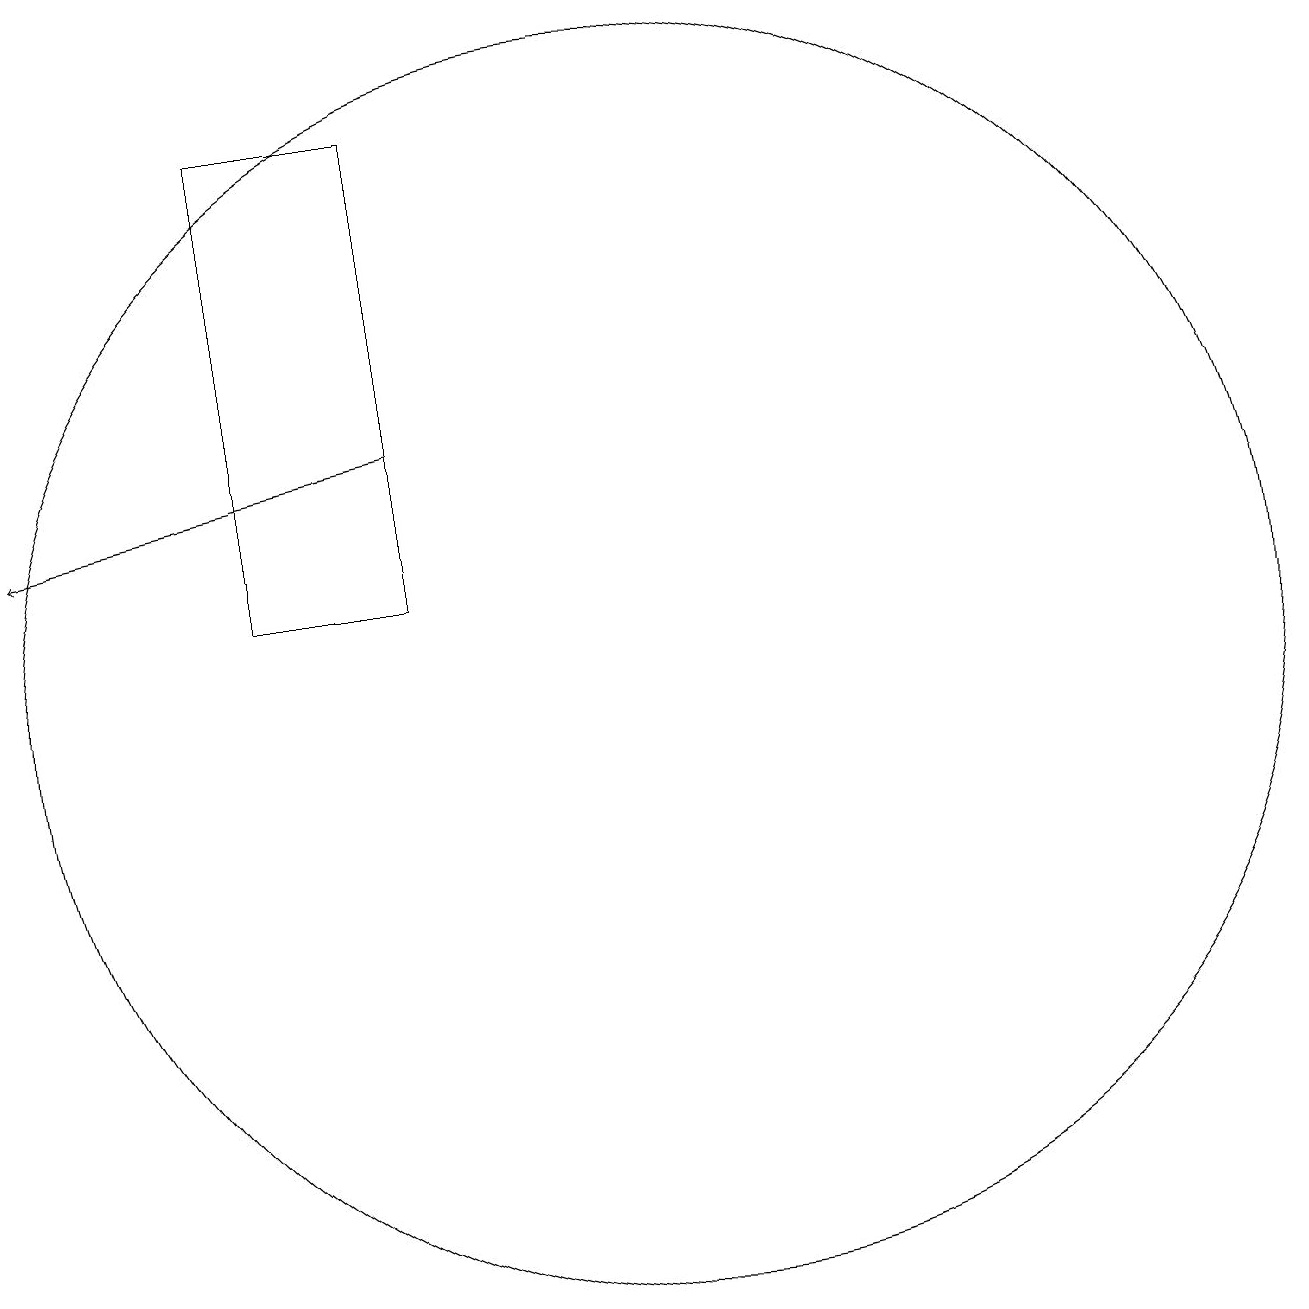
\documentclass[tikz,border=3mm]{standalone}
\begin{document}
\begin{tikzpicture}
\draw (6,13) rectangle (8,19);
\draw (11,12) circle (8);
\draw[->] (8,15) -- (3,14);
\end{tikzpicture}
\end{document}